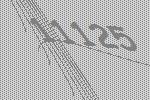
11125